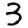
Digit: 3